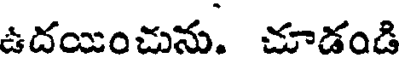
ఉదయించును. చూడండి